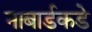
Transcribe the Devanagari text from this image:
नाबार्डकडे